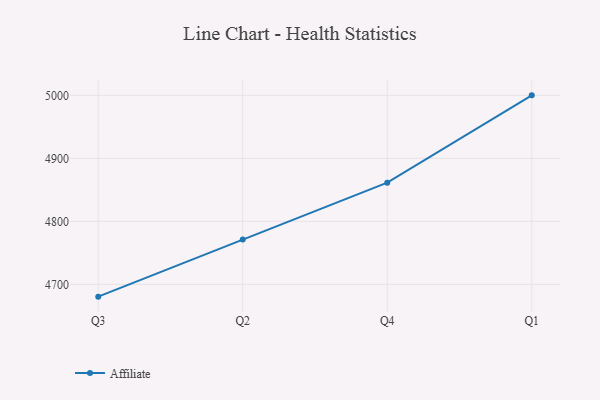
{"axis": {"x": "Quarter", "y": "Churn Rate (%)"}, "legend": ["Affiliate"], "data": [{"x": "Q3", "y": 4680.6, "type": "Affiliate"}, {"x": "Q2", "y": 4771.1, "type": "Affiliate"}, {"x": "Q4", "y": 4861.5, "type": "Affiliate"}, {"x": "Q1", "y": 5000, "type": "Affiliate"}]}